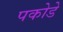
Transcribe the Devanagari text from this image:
पकोडे